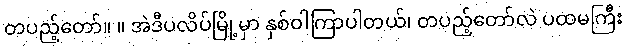
တပည့်တော်။ ။ အဲဒီပလိပ်မြို့မှာ နှစ်ဝါကြာပါတယ်၊ တပည့်တော်လဲ ပထမကြီး